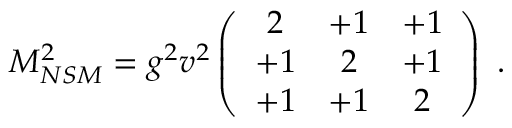
M _ { N S M } ^ { 2 } = g ^ { 2 } v ^ { 2 } \left( \begin{array} { c c c } { { 2 } } & { { + 1 } } & { { + 1 } } \\ { { + 1 } } & { { 2 } } & { { + 1 } } \\ { { + 1 } } & { { + 1 } } & { { 2 } } \end{array} \right) ~ . ~ \,